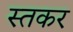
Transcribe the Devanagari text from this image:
स्तकर